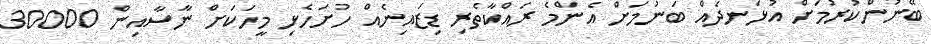
ބޭނުންކުރުމަށް އުޅަނދެއް ބަނުމަށް އެންމެ ރައްކާތެރި ޑިޒައިނެއް ހުށަހެޅި މީހަކަށް ނާސާއިން 30000